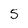
Character: 5